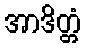
အာဒိတ္တံ